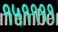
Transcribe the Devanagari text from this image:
१५११११